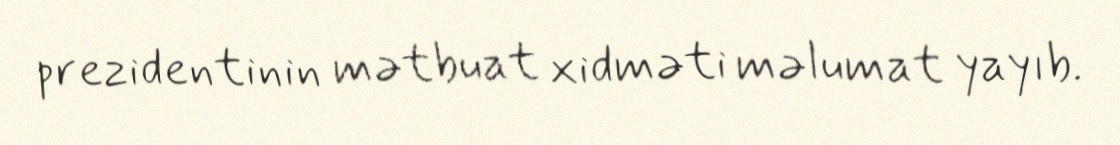
prezidentinin mətbuat xidməti məlumat yayıb.